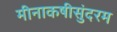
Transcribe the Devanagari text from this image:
मीनाकषीसुंदरम